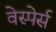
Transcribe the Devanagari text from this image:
वेस्पेर्स